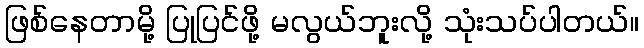
ဖြစ်နေတာမို့ ပြုပြင်ဖို့ မလွယ်ဘူးလို့ သုံးသပ်ပါတယ်။